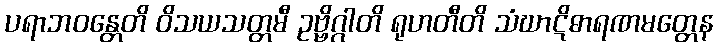
ပရာဘဝန္တေတိ ဝိသယသတ္တမီ ဥဗ္ဗိဂ္ဂါတိ ရုဟတီတိ သံဃာဋိဓာရဏမတ္တေန